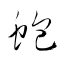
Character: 蚫